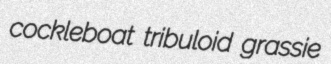
cockleboat tribuloid grassie